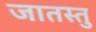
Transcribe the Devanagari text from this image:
जातस्तु